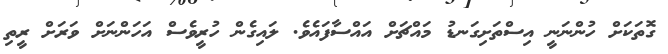
ގޮތަކަށް ހުންނަނީ އިސްތަށިގަނޑު މައްޗަށް އައްސާފައެވެ. ލައިގެން ހުރީވެސް އަހަންނަށް ވަރަށް ރީތި